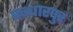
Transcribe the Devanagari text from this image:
पन्धारपुर